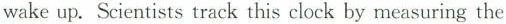
wake up. Scientists track this clock by measuring the